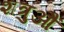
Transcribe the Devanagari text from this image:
शत्रुऔं